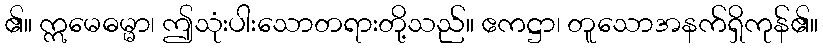
၏။ ဣမေဓမ္မာ၊ ဤသုံးပါးသောတရားတို့သည်။ ဧကဋ္ဌာ၊ တူသောအနက်ရှိကုန်၏။